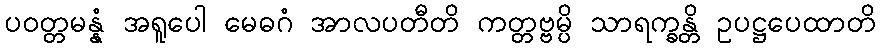
ပဝတ္တမန္နံ အရူပေါ မေဓဂံ အာလပတီတိ ကတ္တဗ္ဗမ္ပိ သာရက္ခန္တိ ဥပဋ္ဌပေထာတိ